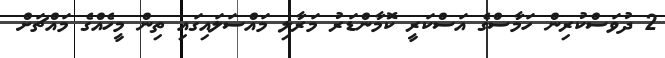
2 ދުވަަސްކުރިން ހަމާސްގެ އަސްކަރީ ކޮމާންޑަރު މަރާލި މައްސަލައިގައި ތިން މީހެއްގެ މައްޗަށް